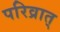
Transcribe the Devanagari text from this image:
परिव्रात्